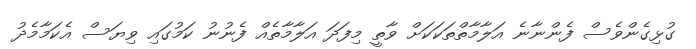
ގުޅިގެންވެސް ފެންނާނެ އަލާމާތްތަކަކަށް ވާތީ މިފަދަ އަލާމާތެއް ފެނުނު ކަމުގައި ވިޔަސް އެކަމާމެދު